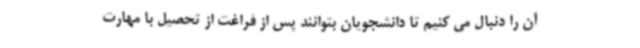
آن را دنبال می کنیم تا دانشجویان بتوانند پس از فراغت از تحصیل با مهارت